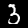
Label: 3